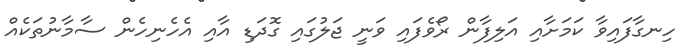
ހިނގާފައިވާ ކަމަށާއި އަލިފާން ރޯވެފައި ވަނީ ޖަލުގައި ގޮދަޑި އާއި އެހެނިހެން ސާމާނުތަކެއް